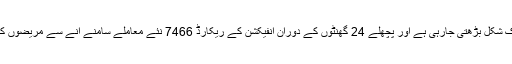
بھارت میں کورونا وائرس متاثرین کی تعداد ہر روز بڑھنے کی وجہ سے اس وباء کی خطرناک شکل بڑھتی جارہی ہے اور پچھلے 24 گھنٹوں کے دوران انفیکشن کے ریکارڈ 7466 نئے معاملے سامنے آنے سے مریضوں کی کُل تعداد 165799 پر پہنچ گئی ہے اور اس مدت میں 175 لوگوں کی موت واقع ہوئی ہے۔